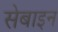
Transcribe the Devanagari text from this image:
सेबाइन